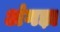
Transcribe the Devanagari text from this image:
अंगड़ा